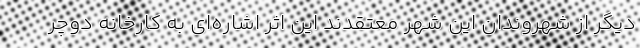
دیگر از شهروندان این شهر معتقدند این اثر اشاره‌ای به کارخانه دوچر